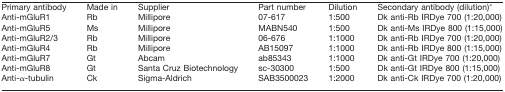
| Primary antibody | Made in | Supplier | Part number | Dilution | Secondary antibody (dilution)* |
 | --- | --- | --- | --- | --- | --- |
 | Anti-mGluR1 | Rb | Millipore | 07-617 | 1:500 | Dk anti-Rb IRDye 700 (1:20,000) |
 | Anti-mGluR5 | Ms | Millipore | MABN540 | 1:500 | Dk anti-Ms IRDye 800 (1:15,000) |
 | Anti-mGluR2/3 | Rb | Millipore | 06-676 | 1:1000 | Dk anti-Rb IRDye 700 (1:20,000) |
 | Anti-mGluR4 | Rb | Millipore | AB15097 | 1:1000 | Dk anti-Rb IRDye 800 (1:15,000) |
 | Anti-mGluR7 | Gt | Abcam | ab85343 | 1:1000 | Dk anti-Gt IRDye 700 (1:20,000) |
 | Anti-mGluR8 | Gt | Santa Cruz Biotechnology | sc-30300 | 1:500 | Dk anti-Gt IRDye 800 (1:15,000) |
 | Anti-α-tubulin | Ck | Sigma-Aldrich | SAB3500023 | 1:2000 | Dk anti-Ck IRDye 700 (1:20,000) |